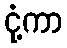
ငုံ့ကာ